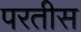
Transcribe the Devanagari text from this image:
परतीस